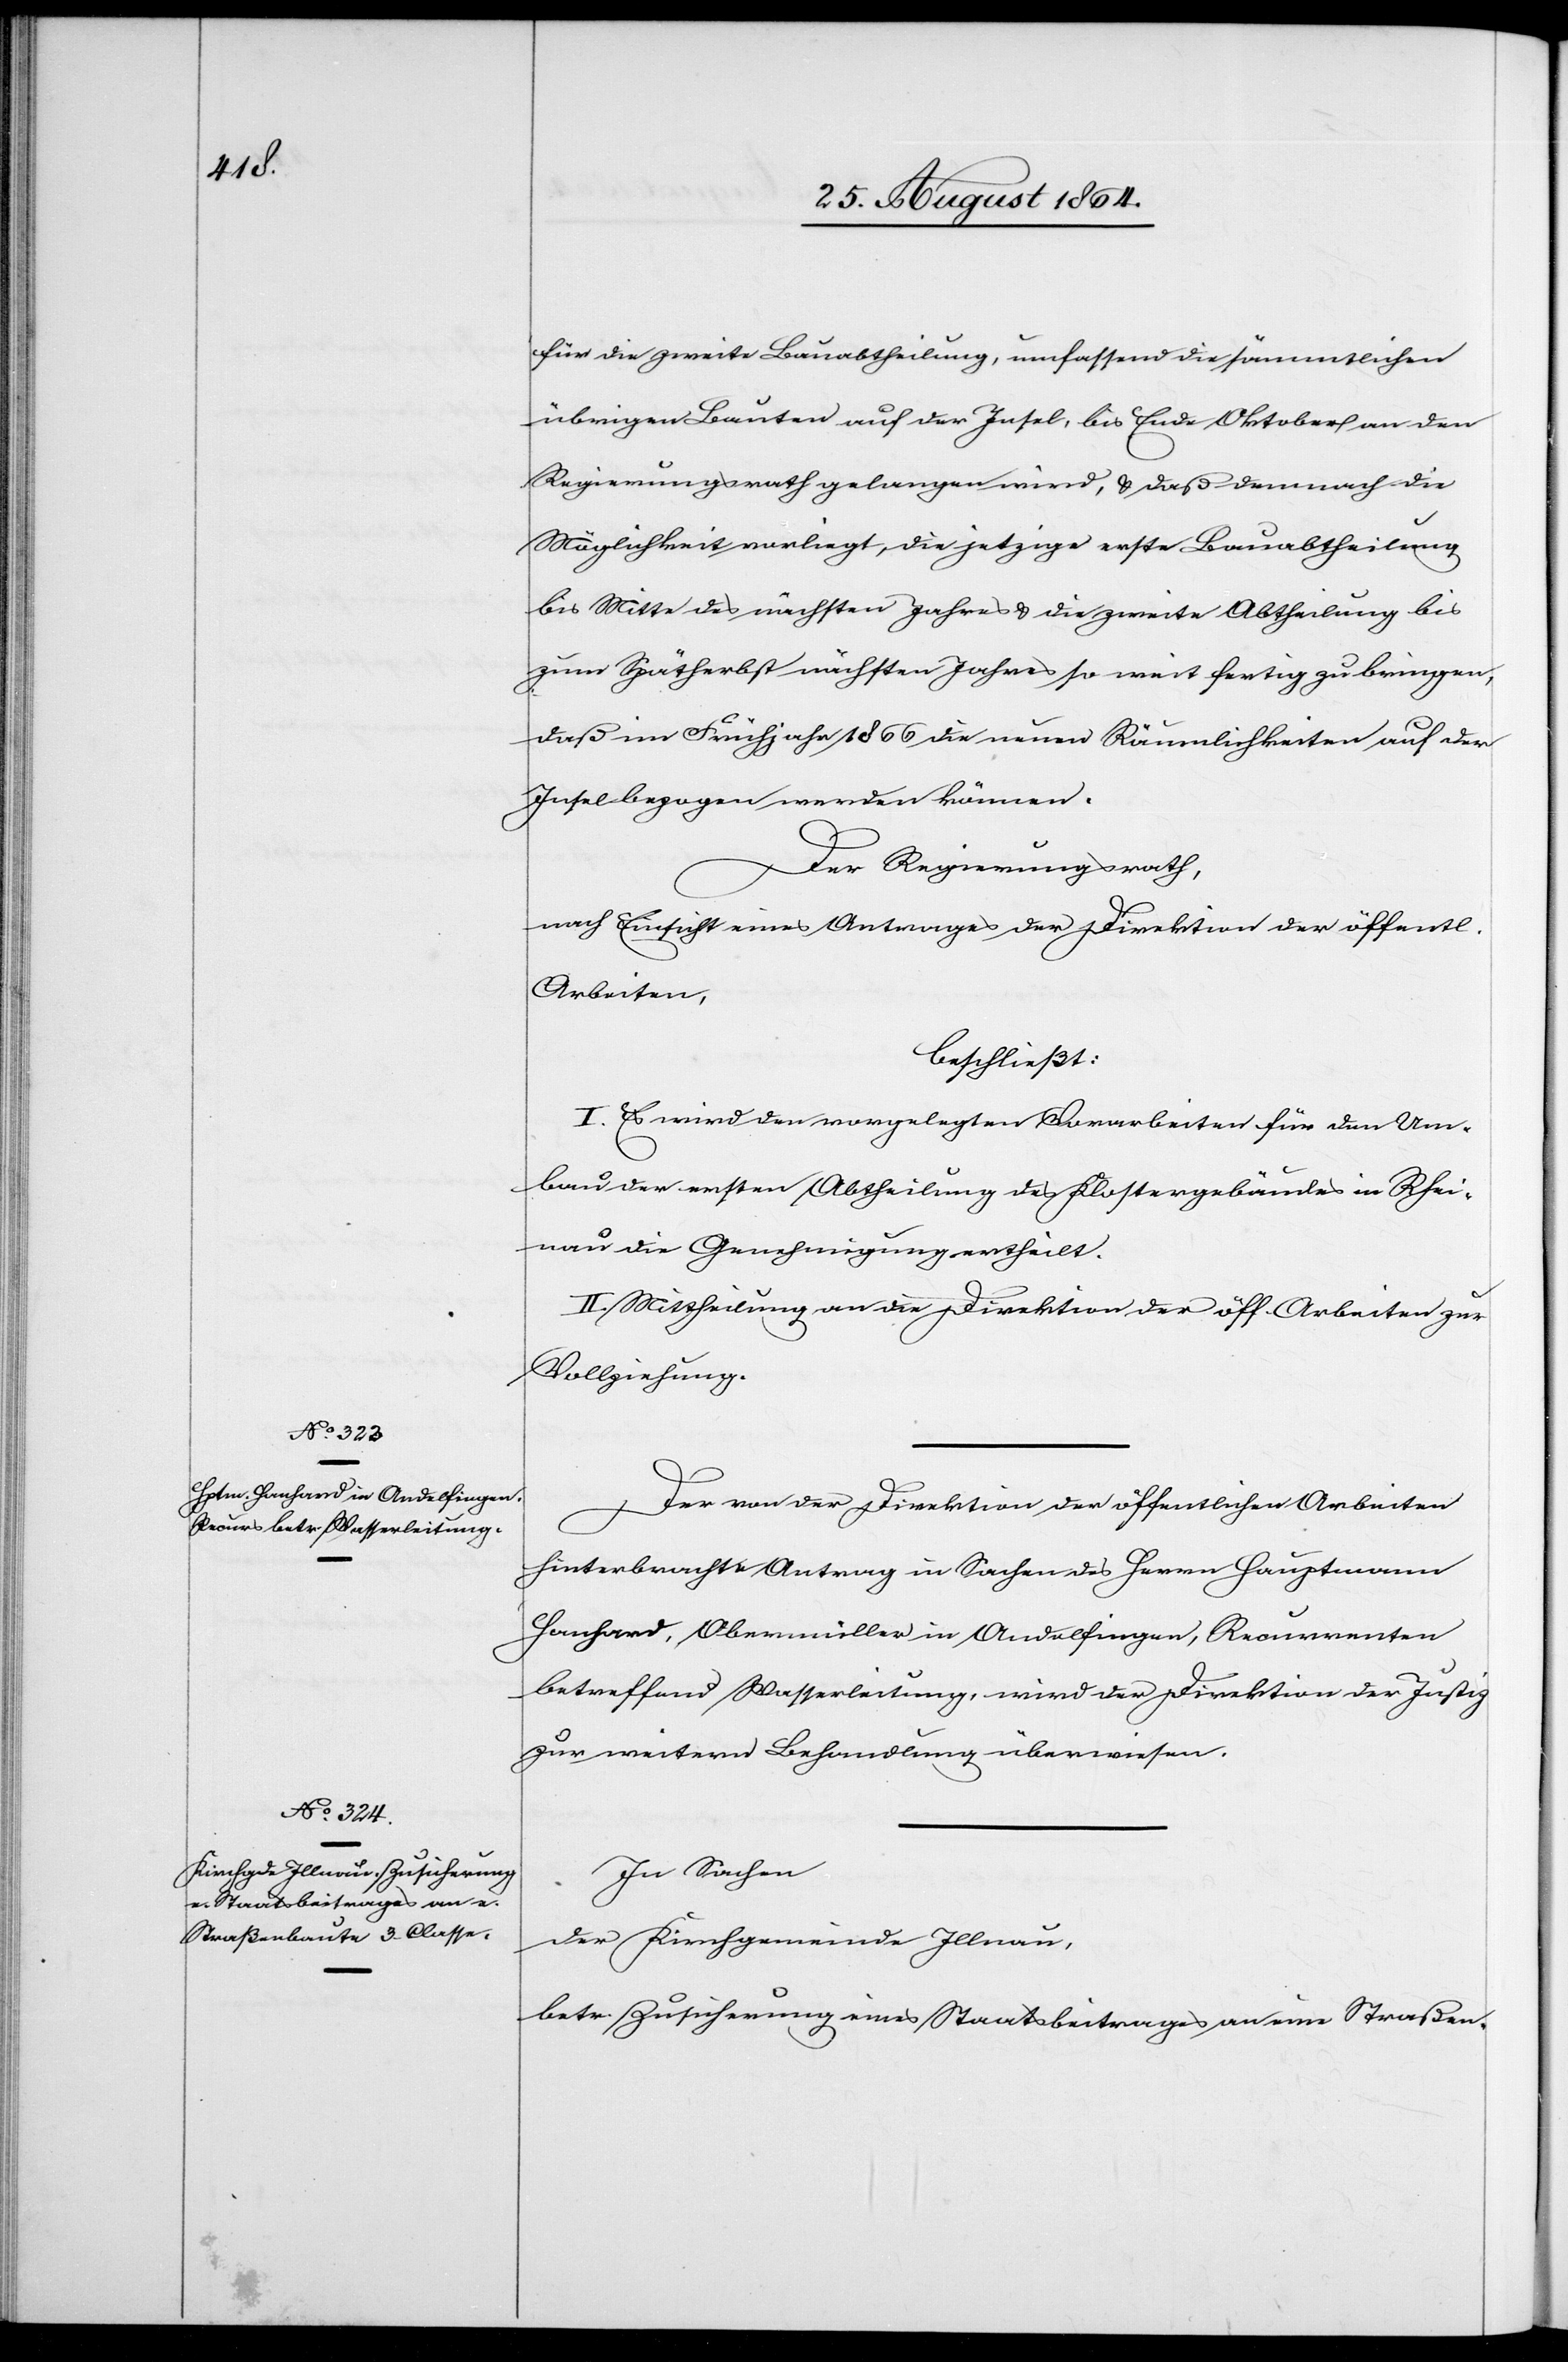
für die zweite Bauabtheilung, umfassend die sämmtlichen
übrigen Bauten auf der Insel, bis Ende Oktober an den
Regierungsrath gelangen wird, & daß demnach die
Möglichkeit vorliegt, die jetzige erste Bauabtheilung
bis Mitte des nächsten Jahres & die zweite Abtheilung bis
zum Spätherbst nächsten Jahres so weit fertig zu bringen,
daß im Frühjahr 1866 die neuen Räumlichkeiten auf der
Insel bezogen werden können.
Der Regierungsrath,
nach Einsicht eines Antrages der Direktion der öffentl.
Arbeiten,
beschließt:
I. Es wird den vorgelegten Vorarbeiten für den Um¬
bau der ersten Abtheilung des Klostergebäudes in Rhei¬
nau die Genehmigung ertheilt.
II. Mittheilung an die Direktion der öff. Arbeiten zur
Vollziehung.
Der von der Direktion der öffentlichen Arbeiten
hinterbrachte Antrag in Sachen des Herrn Hauptmann
Hanhard, Obermüller in Andelfingen, Recurrenten
betreffend Wasserleitung, wird der Direktion der Justiz
zur weiteren Behandlung überwiesen.
In Sachen
der Kirchgemeinde Illnau,
betr. Zusicherung eines Staatsbeitrages an eine Straßen-